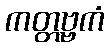
ကတ္တဗ္ဗကံ